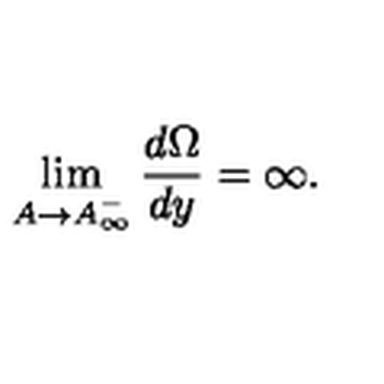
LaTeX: \lim _ { A \rightarrow A _ { \infty } ^ { - } } \frac { d \Omega } { d y } = \infty .